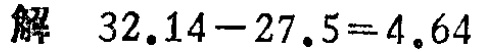
解 \(32.14 - 27.5 = 4.64\)